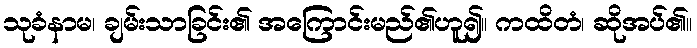
သုခံနာမ၊ ချမ်းသာခြင်း၏ အကြောင်းမည်၏ဟူ၍။ ကထိတံ၊ ဆိုအပ်၏။